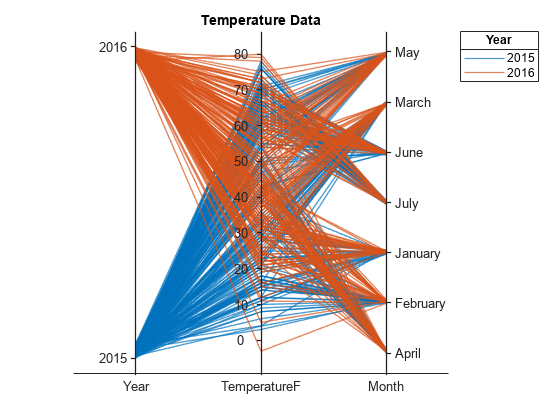
matlab, parallelplot